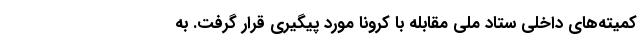
کمیته‌های داخلی ستاد ملی مقابله با کرونا مورد پیگیری قرار گرفت. به